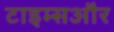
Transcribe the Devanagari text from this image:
टाइम्सऔर